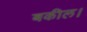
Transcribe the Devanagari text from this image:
बकील।